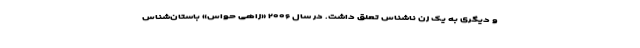
و دیگری به یک زن ناشناس تعلق داشت. در سال ۲۰۰۶ «زاهی حواس» باستان‌شناس